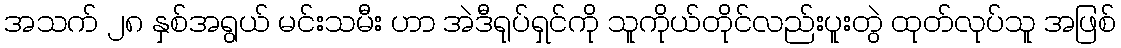
အသက် ၂၈ နှစ်အရွယ် မင်းသမီး ဟာ အဲဒီရုပ်ရှင်ကို သူကိုယ်တိုင်လည်းပူးတွဲ ထုတ်လုပ်သူ အဖြစ်